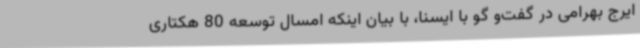
ایرج بهرامی در گفت‌و گو با ایسنا، با بیان اینکه امسال توسعه 80 هکتاری